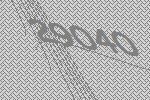
29040